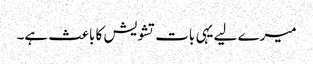
میرے لیے یہی بات تشویش کا باعث ہے۔